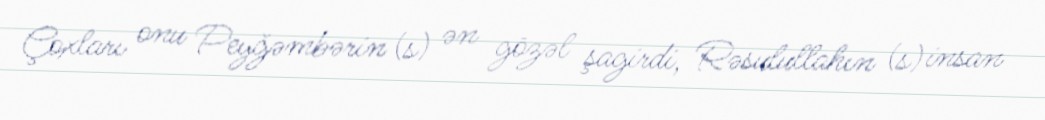
Çoxları onu Peyğəmbərin (s) ən gözəl şagirdi, Rəsulullahın (s) insan